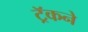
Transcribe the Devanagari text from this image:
ट्रॅकने